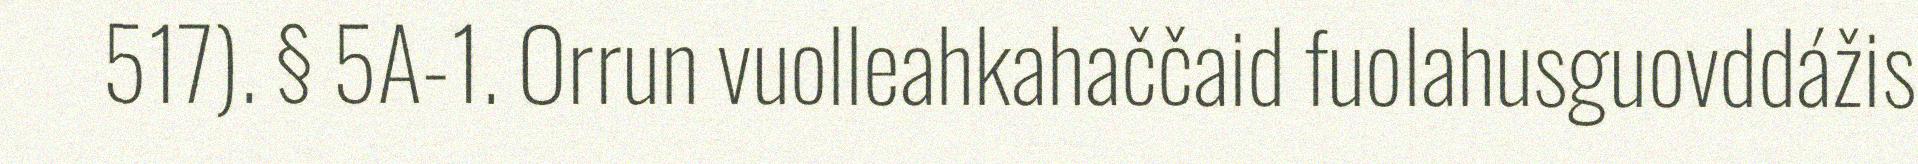
517). § 5A-1. Orrun vuolleahkahaččaid fuolahusguovddážis